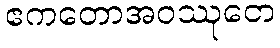
ဧကတောအဝဿုတေ